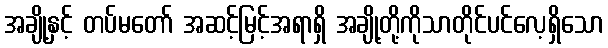
အချို့နှင့် တပ်မတော် အဆင့်မြင့်အရာရှိ အချို့တို့ကိုသာတိုင်ပင်လေ့ရှိသော